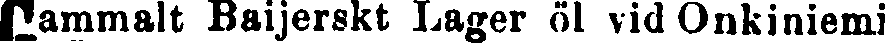
Gammalt Baijerskt Lager öl vid Onkiniemi